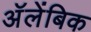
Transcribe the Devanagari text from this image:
अॅलेंबिक